Medical and sanitary report of the native army of Madras for the year
Year: 1878
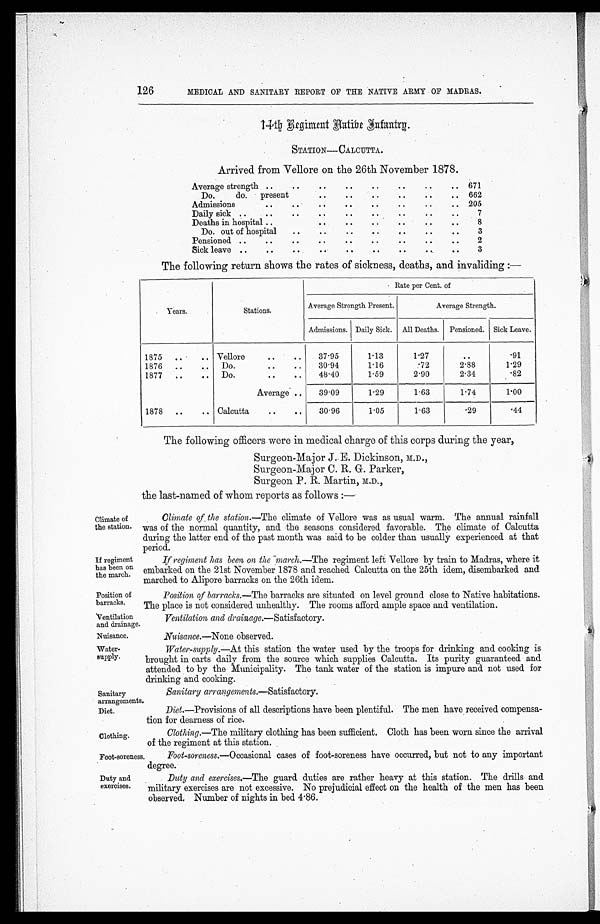
Diet.
Clothing.
Foot-soreness.
Duty and
exercises.
126
Climate of
the station.
If regiment
has been on
the march.
Position of
barracks.
MEDICAL AND SANITARY REPORT OF THE NATIVE ARMY OF MADRAS.
14th Regiment Native Infantry.
STATION—CALCUTTA.
Arrived from Vellore on the 26th November 1878.
Average strength ..
. .
. .
. .
..
. .
. .
. .
671
Do.
do.
present
. .
. .
. .
..
. .
.. 662
Admissions
. .
. .
..
. .
. .
..
..
.. 205
Daily sick ..
..
. .
. .
. .
. .
. .
. .
..
7
Deaths in hospital ..
..
.. .. ..
..
..
8
Do. out of hospital
.. .. .. .. .. .. ..
3
Pensioned
.. .. .. .. .. .. .. .. ..
2
Sick leave ..
.. .. .. ..
..
..
..
..
3
The following return shows the rates of sickness, deaths, and invaliding :—
Years.
Stations.
Rate per Cent. of
Average Strength Present.
Average Strength.
Admissions. Daily Sick. All Deaths. Pensioned. Sick Leave.
1875
. .
.. Vellore
..
..
37.95
1.13
1.27
..
.91
1876
..
..
Do.
.. ..
3 0 . 9 4
1.16
.72
2.88
1.29
1877
..
..
Do.
..
..
48.40
1.59
2.90
2.34
.82
Average ..
39.09
1.29
1.63
1.74
1 . 0 0
1878
..
.. Calcutta
..
..
30.96
1.05
1.63
. 2 9
.44
The following officers were in medical charge of this corps during the year,
Surgeon-Major J.E. Dickinson, M.D.,
Surgeon-Major C. R. G. Parker,
Surgeon P. R. Martin, M.D.,
the last-named of whom reports as follows :—
Climate of the station.—The climate of Vellore was as usual warm. The annual rainfall
was of the normal quantity, and the seasons considered favorable. The climate of Calcutta
during the latter end of the past month was said to be colder than usually experienced at that
period.
If regiment has been on the march.— The regiment left Vellore by train to Madras, where it
embarked on the 21st November 1878 and reached Calcutta on the 25th idem, disembarked and
marched to Alipore barracks on the 26th idem.
Position of barracks.— The barracks are situated on level ground close to Native habitations.
The place is not considered unhealthy. The rooms afford ample space and ventilation.
Ventilation
and drainage.
Nuisance.
Ventilation and drainage.— Satisfactory.
Nuisance.—None observed.
Water-
supply.
Water-supply.—At this station the water used by the troops for drinking and cooking is
brought in carts daily from the source which supplies Calcutta. Its purity guaranteed and
attended to by the Municipality. The tank water of the station is impure and not used for
drinking and cooking.
Sanitary
arrangements.
Sanitary arrangements.— Satisfactory.
Diet.—Provisions of all descriptions have been plentiful. The men have received compensa-
tion for dearness of rice.
Clothing.— The military clothing has been sufficient. Cloth has been worn since the arrival
of the regiment at this station.
Foot-soreness.— Occasional cases of foot-soreness have occurred, but not to any important
degree.
Duty and exercises.—The guard duties are rather heavy at this station. The drills and
military exercises are not excessive. No prejudicial effect on the health of the men has been
observed, Number of nights in bed 4.86.